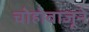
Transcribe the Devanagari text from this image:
चोहोबाजूने